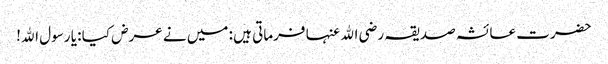
حضرت عائشہ صدیقہ رضی اﷲ عنہا فرماتی ہیں : میں نے عرض کیا : یا رسول اﷲ!